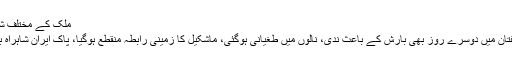
ملک کے مختلف شہروں میں بارشیں، کراچی میں بھی برسات کا امکان -
چاغی / پنجگور/ کراچی : دالبندین، نوکنڈی، ماشکیل، تفتان میں دوسرے روز بھی بارش کے باعث ندی، نالوں میں طغیانی ہوگئی، ماشکیل کا زمینی رابطہ منقطع ہوگیا، پاک ایران شاہراہ بھی بند کردی گئی، کراچی میں آج بارش کا امکان ہے۔